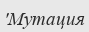
'Мутация